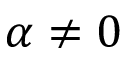
\alpha \neq 0